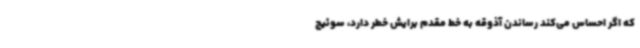
که اگر احساس می‌کند رساندن آذوقه به خط مقدم برایش خطر دارد، سوئیچ